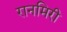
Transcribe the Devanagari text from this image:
रानमिरी